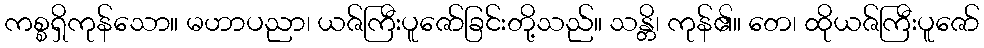
ကစ္စရှိကုန်သော။ မဟာပညာ၊ ယဇ်ကြီးပူဇော်ခြင်းတို့သည်။ သန္တိ၊ ကုန်၏။ တေ၊ ထိုယဇ်ကြီးပူဇော်